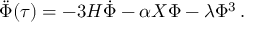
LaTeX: \ddot { \Phi } ( \tau ) = - 3 H \dot { \Phi } - \alpha X \Phi - \lambda \Phi ^ { 3 } \, .